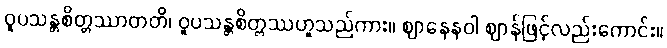
ဝူပသန္တစိတ္တဿာတတိ၊ ဝူပသန္တစိတ္တဿဟူသည်ကား။ ဈာနေနဝါ ဈာန်ဖြင့်လည်းကောင်း။